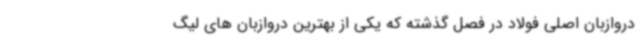
دروازبان اصلی فولاد در فصل گذشته که یکی از بهترین دروازبان های لیگ